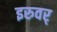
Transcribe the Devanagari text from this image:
इरुवर्